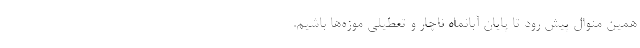
همین منوال پیش رود تا پایان آبانماه ناچار و تعطیلی موزه‌ها باشیم.